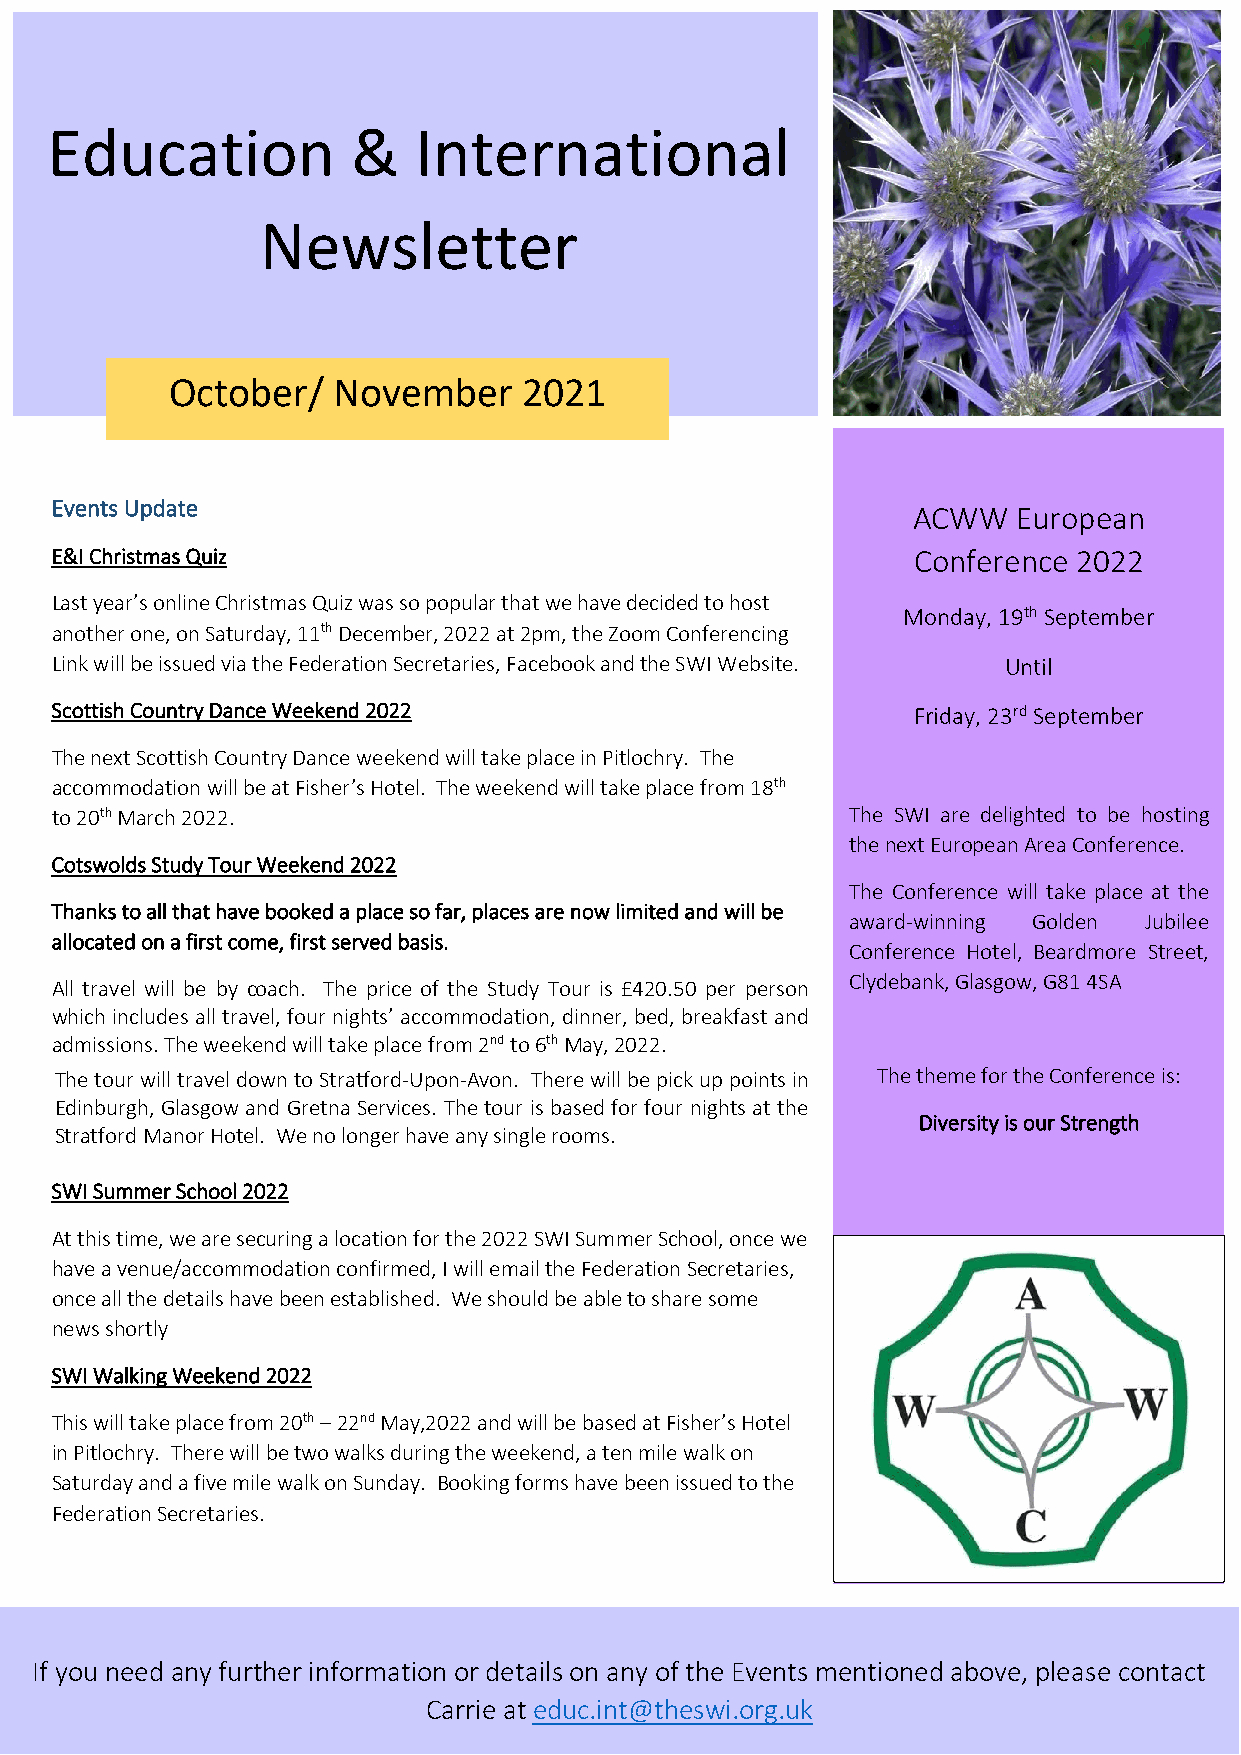
E ducation          &   International
 Newsletter
 October/   November     2021
 Eve nts Update
 ACWW   European
 E& I Christmas Quiz                                      Conference 2022
 Las t year’s online Christmas Quiz was so popular that we have decided to host
 Monday, 19th September
 another one, on Saturday, 11th December, 2022 at 2pm, the Zoom Conferencing
 Link will be issued via the Federation Secretaries, Facebook and the SWI Website. Until
 Scottish Country Dance Weekend 2022                      Friday, 23rd September
 The next Scottish Country Dance weekend will take place in Pitlochry. The
 accommodation will be at Fisher’s Hotel. The weekend will take place from 18th
 to 20th March 2022.                                  The SWI are delighted to be hosting
 the next European Area Conference.
 Co tswolds Study Tour Weekend 2022
 The Conference will take place at the
 Tha nks to all that have booked a place so far, places are now limited and will be
 award-winning Golden Jubilee
 allocated on a first come, first served basis.
 Conference Hotel, Beardmore Street,
 Clydebank, Glasgow, G81 4SA
 All travel will be by coach. The price of the Study Tour is £420.50 per person
 which includes all travel, four nights’ accommodation, dinner, bed, breakfast and
 adm issions. The weekend will take place from 2nd to 6th May, 2022.
 The tour will travel down to Stratford-Upon-Avon. There will be pick up points in The theme for the Conference is:
 Edinburgh, Glasgow and Gretna Services. The tour is based for four nights at the
 Diversity is our Strength
 Str atford Manor Hotel. We no longer have any single rooms.
 SWI Summer School 2022
 At this time, we are securing a location for the 2022 SWI Summer School, once we
 hav e a venue/accommodation confirmed, I will email the Federation Secretaries,
 once all the details have been established. We should be able to share some
 news shortly
 SWI Walking Weekend 2022
 This will take place from 20th – 22nd May,2022 and will be based at Fisher’s Hotel
 in Pitlochry. There will be two walks during the weekend, a ten mile walk on
 Sat urday and a five mile walk on Sunday. Booking forms have been issued to the
 Federation Secretaries.
 If yo u need any further information or details on any of the Events mentioned above, please contact
 Carrie at educ.int@theswi.org.uk